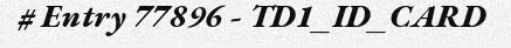
# Entry 77896 - TD1_ID_CARD